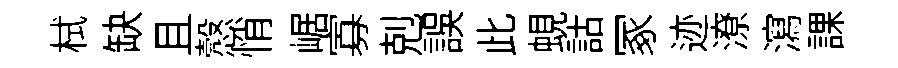
栻缺且慤悄崌寡剋誤此蜆詁冢迹潦瀉課